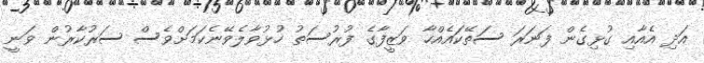
އަދި އެއާއި ގުޅިގެން ފަނަރަ ސަތޭކައެއްހާ ވަޒީފާގެ ފުރުސަތު ހުޅުވާލެވޭނެކަމަށްވެސް ސަރުކާރުން ވަނީ